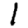
Digit: 1